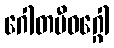
ဂေါတမီဝဂ္ဂေါ